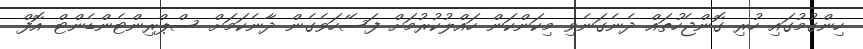
ހިންގުމުގައި ހުރި ގޮންޖެހުތައް ދެނެގަނެވި މިކަންކަން ހައްލުކުރުމަށް ފަސޭހަވެގެން ދާނެކަމަށް ސްޕްރިންޓެންޑެންޓް އޮފް